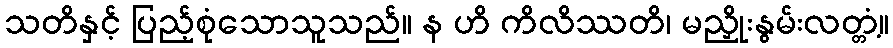
သတိနှင့် ပြည့်စုံသောသူသည်။ န ဟိ ကိလိဿတိ၊ မညှိုးနွမ်းလတ္တံ့။